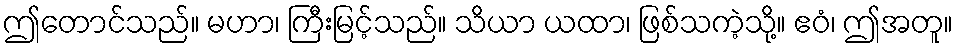
ဤတောင်သည်။ မဟာ၊ ကြီးမြင့်သည်။ သိယာ ယထာ၊ ဖြစ်သကဲ့သို့။ ဧဝံ၊ ဤအတူ။